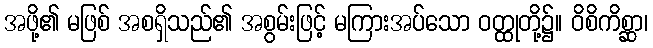
အဖို့၏ မဖြစ် အစရှိသည်၏ အစွမ်းဖြင့် မကြားအပ်သော ဝတ္ထုတို့၌။ ဝိစိကိစ္ဆာ၊